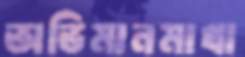
অভিমানমাখা